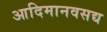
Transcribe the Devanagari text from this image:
आदिमानवसद्य